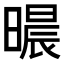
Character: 𣊐